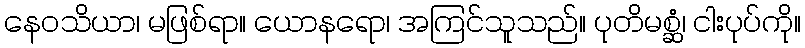
နေဝသိယာ၊ မဖြစ်ရာ။ ယောနရော၊ အကြင်သူသည်။ ပုတိမစ္ဆံ၊ ငါးပုပ်ကို။